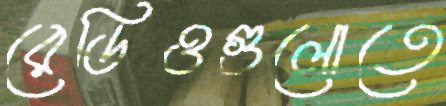
রেডিওগুলোতে